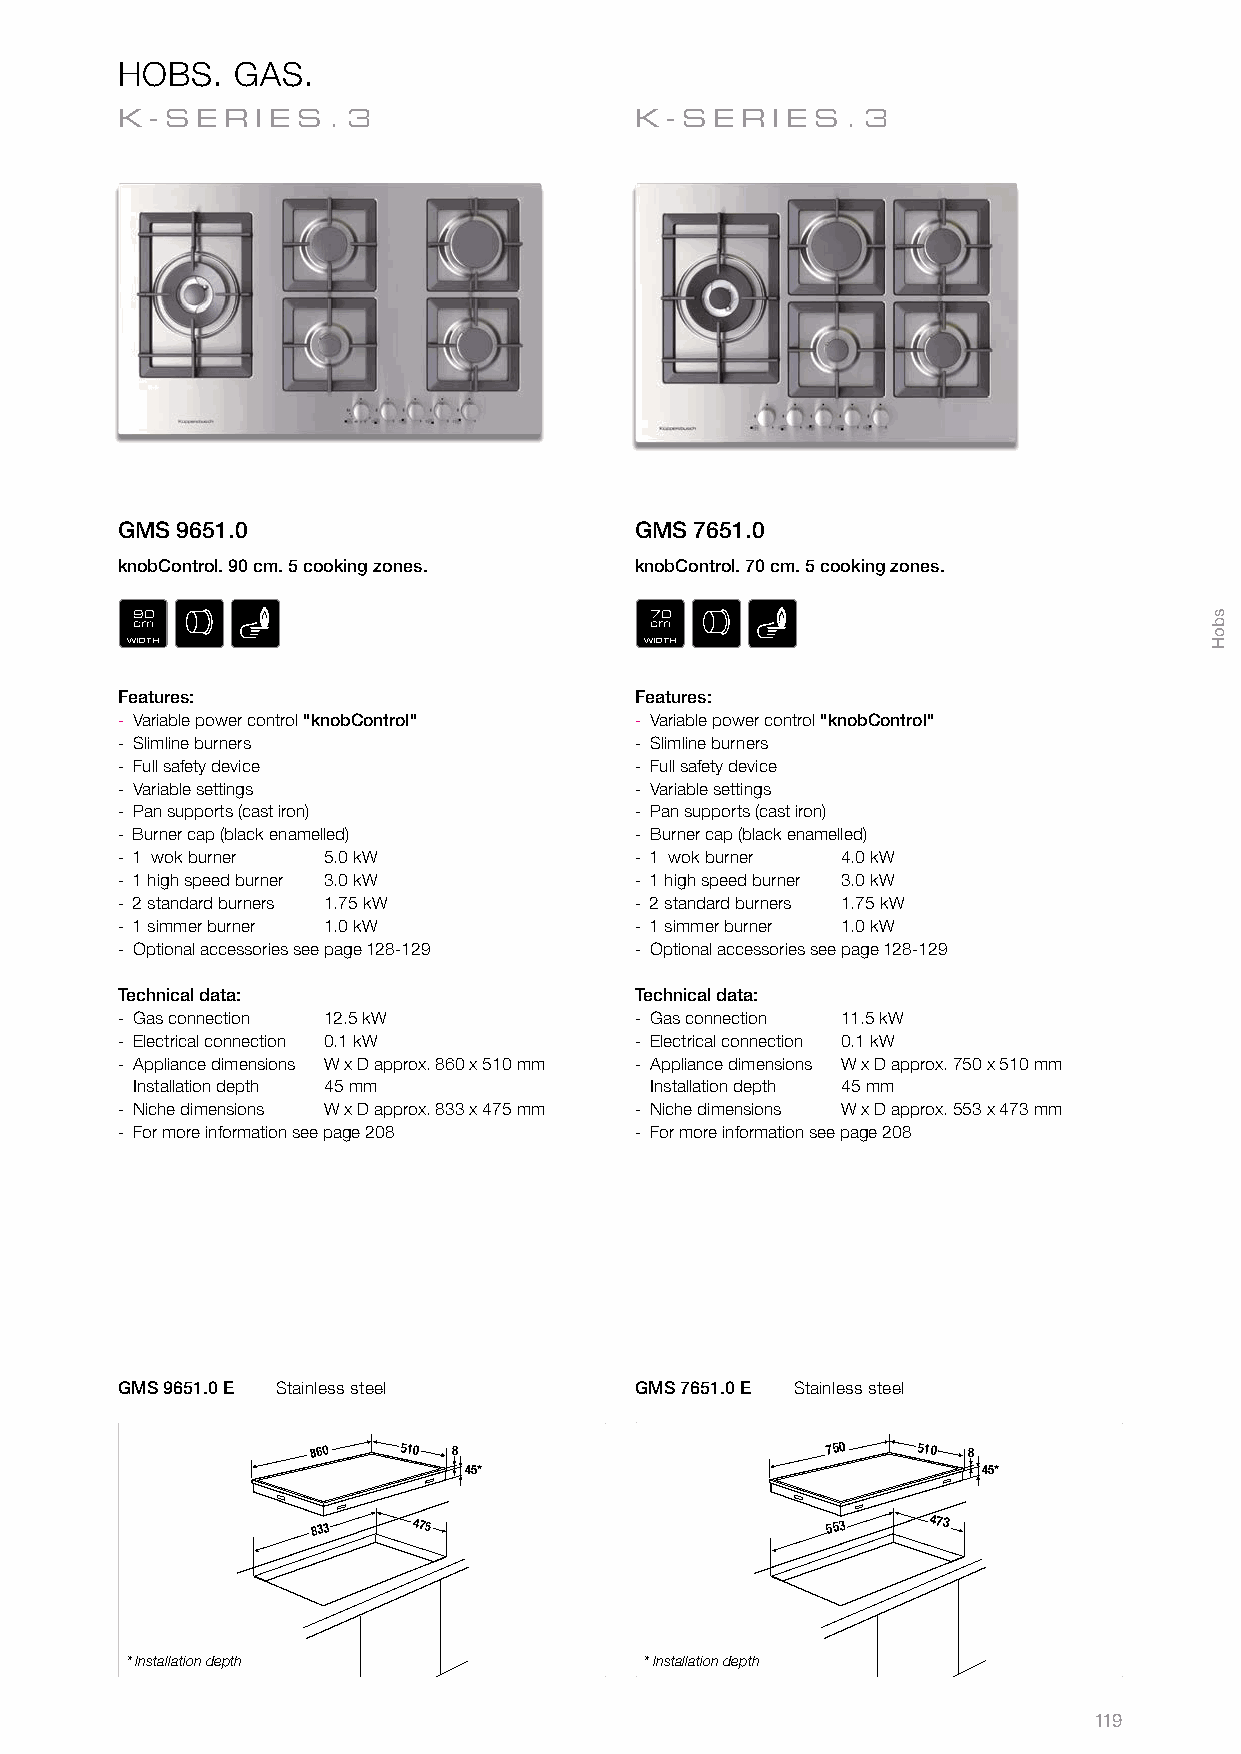
HOBS.  GAS.
 K-S  ER  IES.3                    K- SERIES     .3
 GMS 9651.0                        GMS 7651.0
 knobControl. 90 cm. 5 cooking zones. knobControl. 70 cm. 5 cooking zones.
 90                                70
 cm                                cm
 WIDTH                              WIDTH
 Features:                         Features:
 ­ Variable power control "knobControl" ­ Variable power control "knobControl"
 ­ Slimline burners                ­ Slimline burners
 ­ Full safety device              ­ Full safety device
 ­ Variable settings               ­ Variable settings
 ­ Pan supports (cast iron)        ­ Pan supports (cast iron)
 ­ Burner cap (black enamelled)    ­ Burner cap (black enamelled)
 ­ 1 wok burner 5.0 kW             ­ 1 wok burner 4.0 kW
 ­ 1 high speed burner 3.0 kW      ­ 1 high speed burner 3.0 kW
 ­ 2 standard burners 1.75 kW      ­ 2 standard burners 1.75 kW
 ­ 1 simmer burner 1.0 kW          ­ 1 simmer burner 1.0 kW
 ­ Optional accessories see page 128­129 ­ Optional accessories see page 128­129
 Technical data:                   Technical data:
 ­ Gas connection 12.5 kW          ­ Gas connection 11.5 kW
 ­ Electrical connection 0.1 kW    ­ Electrical connection 0.1 kW
 ­ Appliance dimensions W x D approx. 860 x 510 mm ­ Appliance dimensions W x D approx. 750 x 510 mm
 Installation depth 45 mm          Installation depth 45 mm
 ­ Niche dimensions W x D approx. 833 x 475 mm ­ Niche dimensions W x D approx. 553 x 473 mm
 ­ For more information see page 208 ­ For more information see page 208
 GMS 9651.0 E Stainless steel      GMS 7651.0 E Stainless steel
 510                          750   510
 833                               553   473
 * Installation depth               * Installation depth
 119
 8
 45*
 8
 45*
 sboH